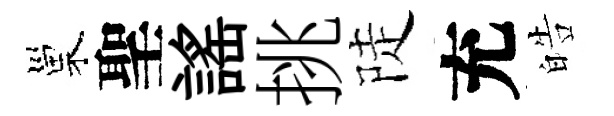
巢聖謡挑陡充皓